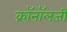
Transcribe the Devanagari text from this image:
क्रॉनॉलजी